Lunatic asylums Punjab 1911-1921 - 1911-1921
Year: 1911
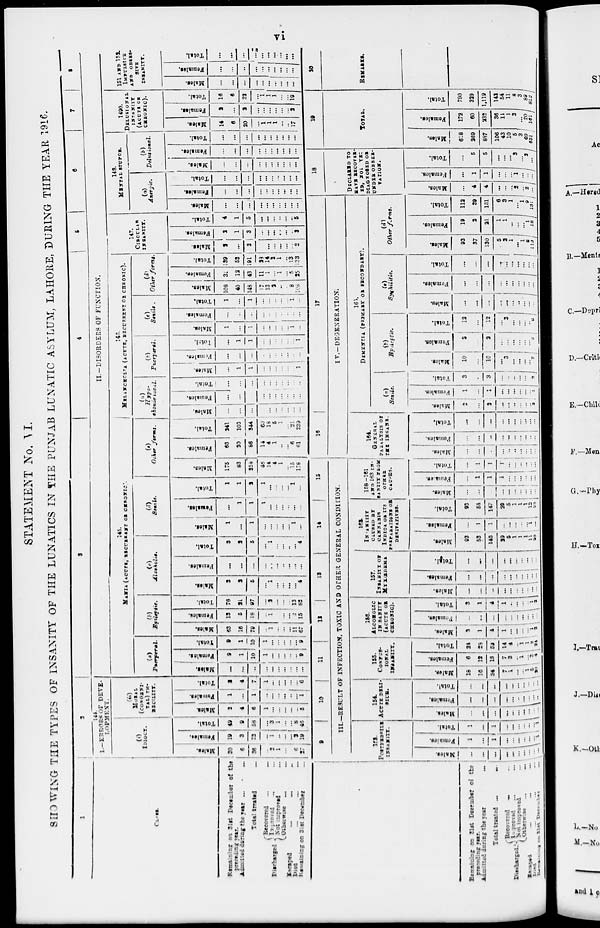
vi
STATEMENT No. VI.
SHOWING THE TYPES OF INSANITY OF THE LUNATICS IN THE PUNJAB LUNATIC ASYLUM, LAHORE, DURING THE YEAR 1916.
1
CLASS.
Remaining on 31st December of the
preceding year.
Admitted during the year ... ...
Total treated
...
Discharged
Recovered
...
...
Improved
... ...
Not improved ...
Otherwise ... ...
Escaped
...
Died
...
~
"
Remaining on 31st December ...
2
144.
I.—ERRORS OF DEVE-
LOPMENT.
(i)
IDIOCY.
Males.
30
6
36
...
2
1
... ...
6
27
Females.
19
3
22
...
1
...
...
...
3
19
Total.
49
9
58
...
3
1
... ...
6
46
(ii)
MORAL
(CONGENI-
TAL) IM-
RECILITY.
Males.
2
4
6
1
...
...
... ...
5
Females.
1
...
1
...
...
...
... ...
1
Total.
3
4
7
1
...
...
... ...
6
3
4
5
6
7
8
II.-DISORDERS OF FUNCTION.
145.
MANIA (ACUTS, RECUERANT OR CERONIC.
(a)
Puerperal.
Males.
...
...
...
...
...
...
... ...
...
Females.
9
1
10
1
...
...
... ...
9
Total.
9
1
10
1
...
...
... ...
9
(b)
Epileptic.
Males.
63
16
79
...
1
...
... ...
11
67
Females.
13
5
18
...
1
...
... ...
2
15
Total.
76
21
97
...
2
...
... ...
13
82
(c)
Alcoholic.
Malta.
3
2
5
...
1
...
... ...
4
Females.
...
...
...
...
...
...
... ...
...
...
Total.
3
2
5
...
1
...
... ...
...
4
(d)
Senile
Males.
1
...
l
...
...
...
... ...
1
...
Females.
...
1
1
1
...
...
... ...
...
...
Total.
1
1
2
1
...
...
... ...
1
...
(e)
Other forms.
Males.
175
83
258
46
14
4
... 1
15
178
Females.
66
30
86
14
4
1
... ...
6
61
Total.
241
103
344
60
18
5
... 1
21
239
146.
MELANCECLIA (ACUTE, RECURRENT OR CHRONIC).
(a)
Hypo-
chonariacal.
Males.
...
...
...
...
...
...
... ...
...
...
Females.
...
...
...
...
...
...
...
...
...
...
Total.
...
...
...
...
...
...
...
...
...
...
(b)
Puerperal.
Males.
...
1
1
...
...
...
...
...
...
1
Females.
...
...
...
...
...
...
... ...
...
...
Total.
...
1
1
...
...
...
...
...
...
1
(c)
Senils.
Males.
1
...
1
...
...
...
... ...
1
...
Females.
...
...
...
...
...
...
... ...
...
...
Total.
1
...
1
...
...
...
...
...
1
...
(d)
Other forms.
Males.
108
40
148
17
13
2
...
...
8
108
Females.
31
12
43
11
1
...
... 1
5
25
Total.
139
52
191
23
14
2
... 1
13
133
147.
CIRCULAR
INSANITY.
Males.
2
...
2
...
...
...
...
...
...
2
Females.
2
1
3
...
...
...
... ...
...
3
Total.
4
1
5
...
...
...
... ...
...
5
148.
MENTAL STUPOR.
(a)
Anergic.
Males.
...
...
...
...
...
...
... ...
...
...
Females.
...
...
...
...
...
...
... ...
...
...
Total.
...
...
...
...
...
...
... ...
...
...
(b)
Delusional.
Males.
...
...
...
...
...
...
... ...
...
...
Females.
...
...
...
...
...
...
... ...
...
...
Total.
...
...
...
...
...
...
... ...
...
...
1490.
DELUSIONAL.
INSANITY
(ACUTE OR
CHRONIC).
Males.
14
6
20
...
1
1
1 ...
...
17
Females.
2
...
2
...
...
...
... ...
...
3
Total.
16
6
22
...
1
1
1
...
...
19
151 AND 152.
IMPULSIVE
AND
OBSER-
SIVE
INSANITY.
Males.
...
...
...
...
...
...
... ...
...
...
Females.
...
...
...
...
...
...
... ...
...
...
Total.
...
...
...
...
...
...
...
...
Remaning on 31st December of the
preceding year.
Admitted during
the
year
...
Total treated
Discharged.
Recovered ... ...
Improved ... ...
Not improved ... ...
Otherwise ... ...
Escaped
...
...
Died ...
Remaining on 31 st December ...
9
10
11
12
13
-
15
III.—RESULT OF INFECTION, TOXIC AND OTHER GENERAL CONDITION.
153
POSTFEBRILE
INSANITY.
Males.
...
...
...
...
...
...
...
...
...
...
Females.
1
...
1
...
...
...
...
...
...
1
Total.
1
...
1
...
...
...
...
...
...
1
154.
ACUTE DELI
SICK.
Males.
...
...
...
...
...
...
...
...
...
...
Females,
...
...
...
...
...
...
...
...
...
...
Total.
...
...
...
...
...
...
...
...
...
...
165.
CONFUSE-
IONAL.
INSANITY.
Males,
18
10
34
7
1
...
...
1
5
20
Females.
6
13
18
7
3
...
1
...
3 4
Total.
24
29
61
14
4
... 1
1
8
24
168.
ALCOMOLIC
IN SANITY
(ACUTE OR
CHRONIC).
Males.
3
1
4
1
...
... ...
...
1 2
Females.
...
...
...
...
...
...
...
...
...
...
Total.
3
1
4
1
...
...
...
...
1
2
157.
INSANITY OF
MYXŒDEMA
Males.
...
...
...
...
...
...
...
...
...
...
Females.
...
...
...
...
...
...
...
...
...
...
Total.
...
...
...
...
...
...
...
...
...
...
162.
INSANITY
CAUSED BY
CANNABIS
INDICA OR ITS
PREPARATION OR
DERIVATIVES.
Males.
93
53
146
29
5
1
1
1
11
98
Females.
...
1
1
...
...
... ...
...
1
...
Total.
93
54
147
29
5
1
1
1
12
98
158-161
AND 163 IN-
SANITY FROM
OTHER
CAUSES.
Males.
...
...
...
...
...
...
...
...
...
Females.
...
1
1
1
...
...
...
...
...
...
Total.
...
1
1
1
...
...
...
...
...
...
16
!
IV.—DEGENERATION.
164.
GENERAL
PARALYSIS OF
THE INSANE.
Males.
...
...
...
...
...
...
...
...
...
...
Females.
...
...
...
...
...
...
...
...
...
...
Total.
...
...
...
...
...
...
...
...
... ...
165
DEMEVTIA (PRIMARY OR SECONDARY).
Senile.
Males.
2
...
2
...
...
...
...
...
... 2
Females.
1
...
1
...
...
...
...
...
...
1
Total.
3
...
3
...
...
...
...
...
...
3
(b)
Epitsptic.
Males.
10
...
10
...
3
...
...
...
...
7
Females.
2
...
2
...
...
...
...
...
...
2
Total.
12
...
12
...
3
...
...
...
...
9
(c)
Syphilitic.
Males.
...
...
...
...
...
...
...
...
...
...
Females.
...
...
...
...
...
...
...
...
...
...
Total.
...
...
...
...
...
...
...
...
...
...
Other furms.
Males.
93
37
130
5
2
1
...
1
8
113
Females.
19
3
21
1
1
...
...
...
1
18
Total.
112
39
151
6
3
1
...
1
9
131
18
DECLAED TO
HAVE RECOVER-
ED, NOT YET
DIAGNOSED OR
UNDER OBSER-
VATION.
Males.
...
4
4
...
...
... 2
...
2
...
Females.
...
1
1
...
...
...
1
...
...
...
Total.
...
5
5
...
...
...
3
...
2
...
10
TOTAL
Males.
618
369
897
106
43
10
5
3
69
651
Females.
172
60
232
36
11
1
3
...
20
161
Total.
790
329
1,119
142
54
11
8
3
89
812
20
REMARKS.